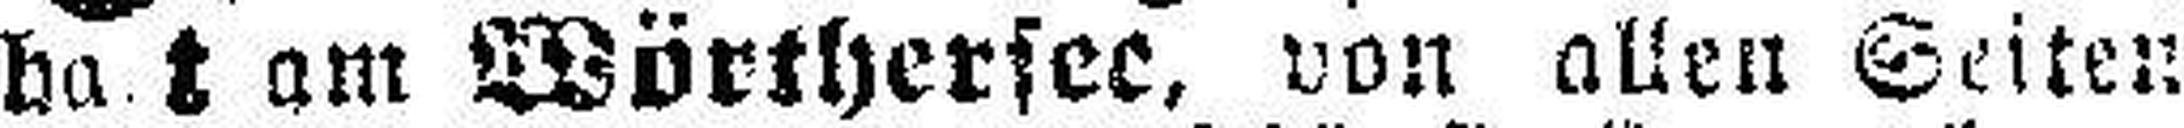
ha t am Wörthersee, von allen Seiten